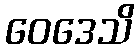
ဝေဒေသိ